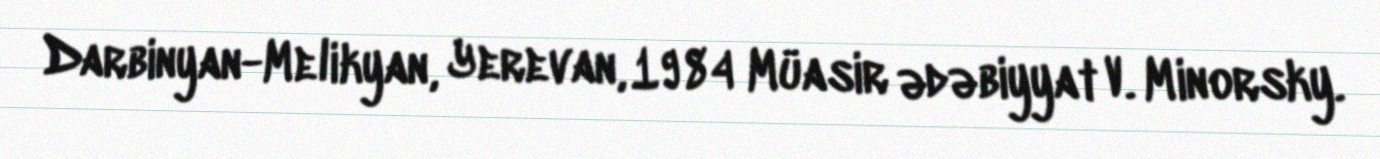
Darbinyan-Melikyan, Yerevan, 1984 Müasir ədəbiyyat V. Minorsky.